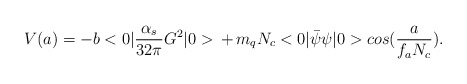
\begin{align*}V(a )=-b<0|{\alpha _s \over {32 \pi }}G^2|0>\, + \,m_q N_c<0|\bar \psi \psi |0> cos ({a \over {f_a N_c}}).\end{align*}